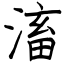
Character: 滀